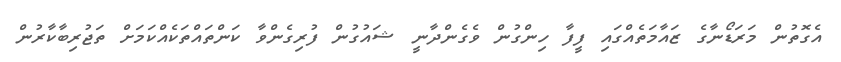
އެގޮތުން މަރަޑޯނާގެ ޒައާމަތެއްގައި ފީފާ ހިންގުން ވެގެންދާނީ ޝައުގުން ފުރިގެންވާ ކަންތައްތަކެއްކަމަށް ތަޖުރިބާކާރުން